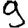
Digit: 9